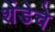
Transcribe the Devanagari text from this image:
शेंडेचे